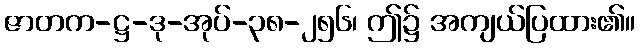
ဇာတက-ဋ္ဌ-ဒု-အုပ်-၃၈-၂၅၆၊ ဤ၌ အကျယ်ပြထား၏။